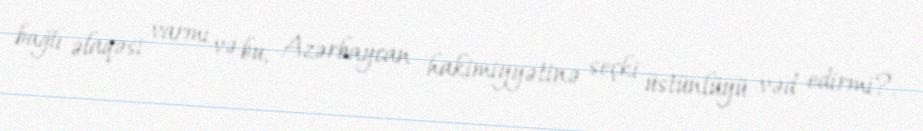
bağlı əlaqəsi varmı və bu, Azərbaycan hakimiyyətinə seçki üstünlüyü vəd edirmi?.